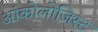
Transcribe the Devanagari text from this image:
आंकोलोजिस्ट